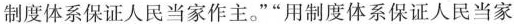
制度体系保证人民当家作主。””用制度体系保证人民当家